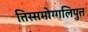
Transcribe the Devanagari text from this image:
तिस्समोग्गलिपुत्त